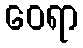
ဝေရာ